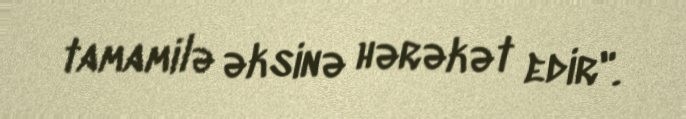
tamamilə əksinə hərəkət edir".